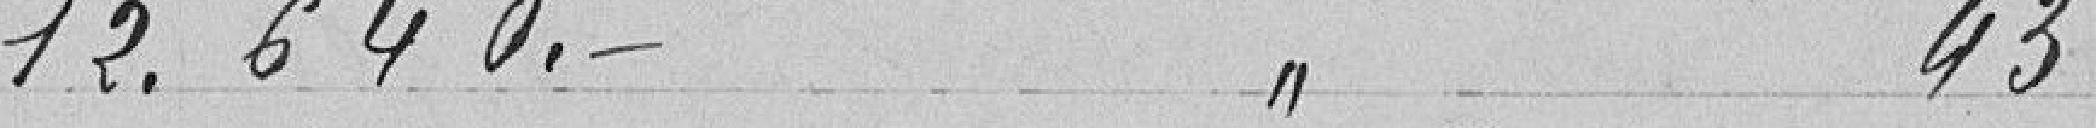
12.640 francs à l'article 43